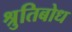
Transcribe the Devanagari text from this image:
श्रुतिबोध